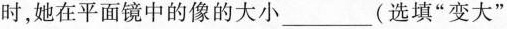
时，她在平面镜中的像的大小___(选填”变大””变小”或”不变”